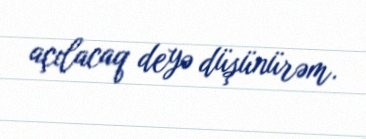
açılacaq deyə düşünürəm.